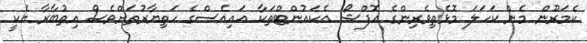
ކެމަރޫން މެން ކަހަލަ މޮޅެތިވެރިންގެ އޮފްޝޯ އެކައުންޓްތަކާ އައިއެސްގެ ހަތިޔާރުތަށްވެސް އިތުބާރާ އެކީ